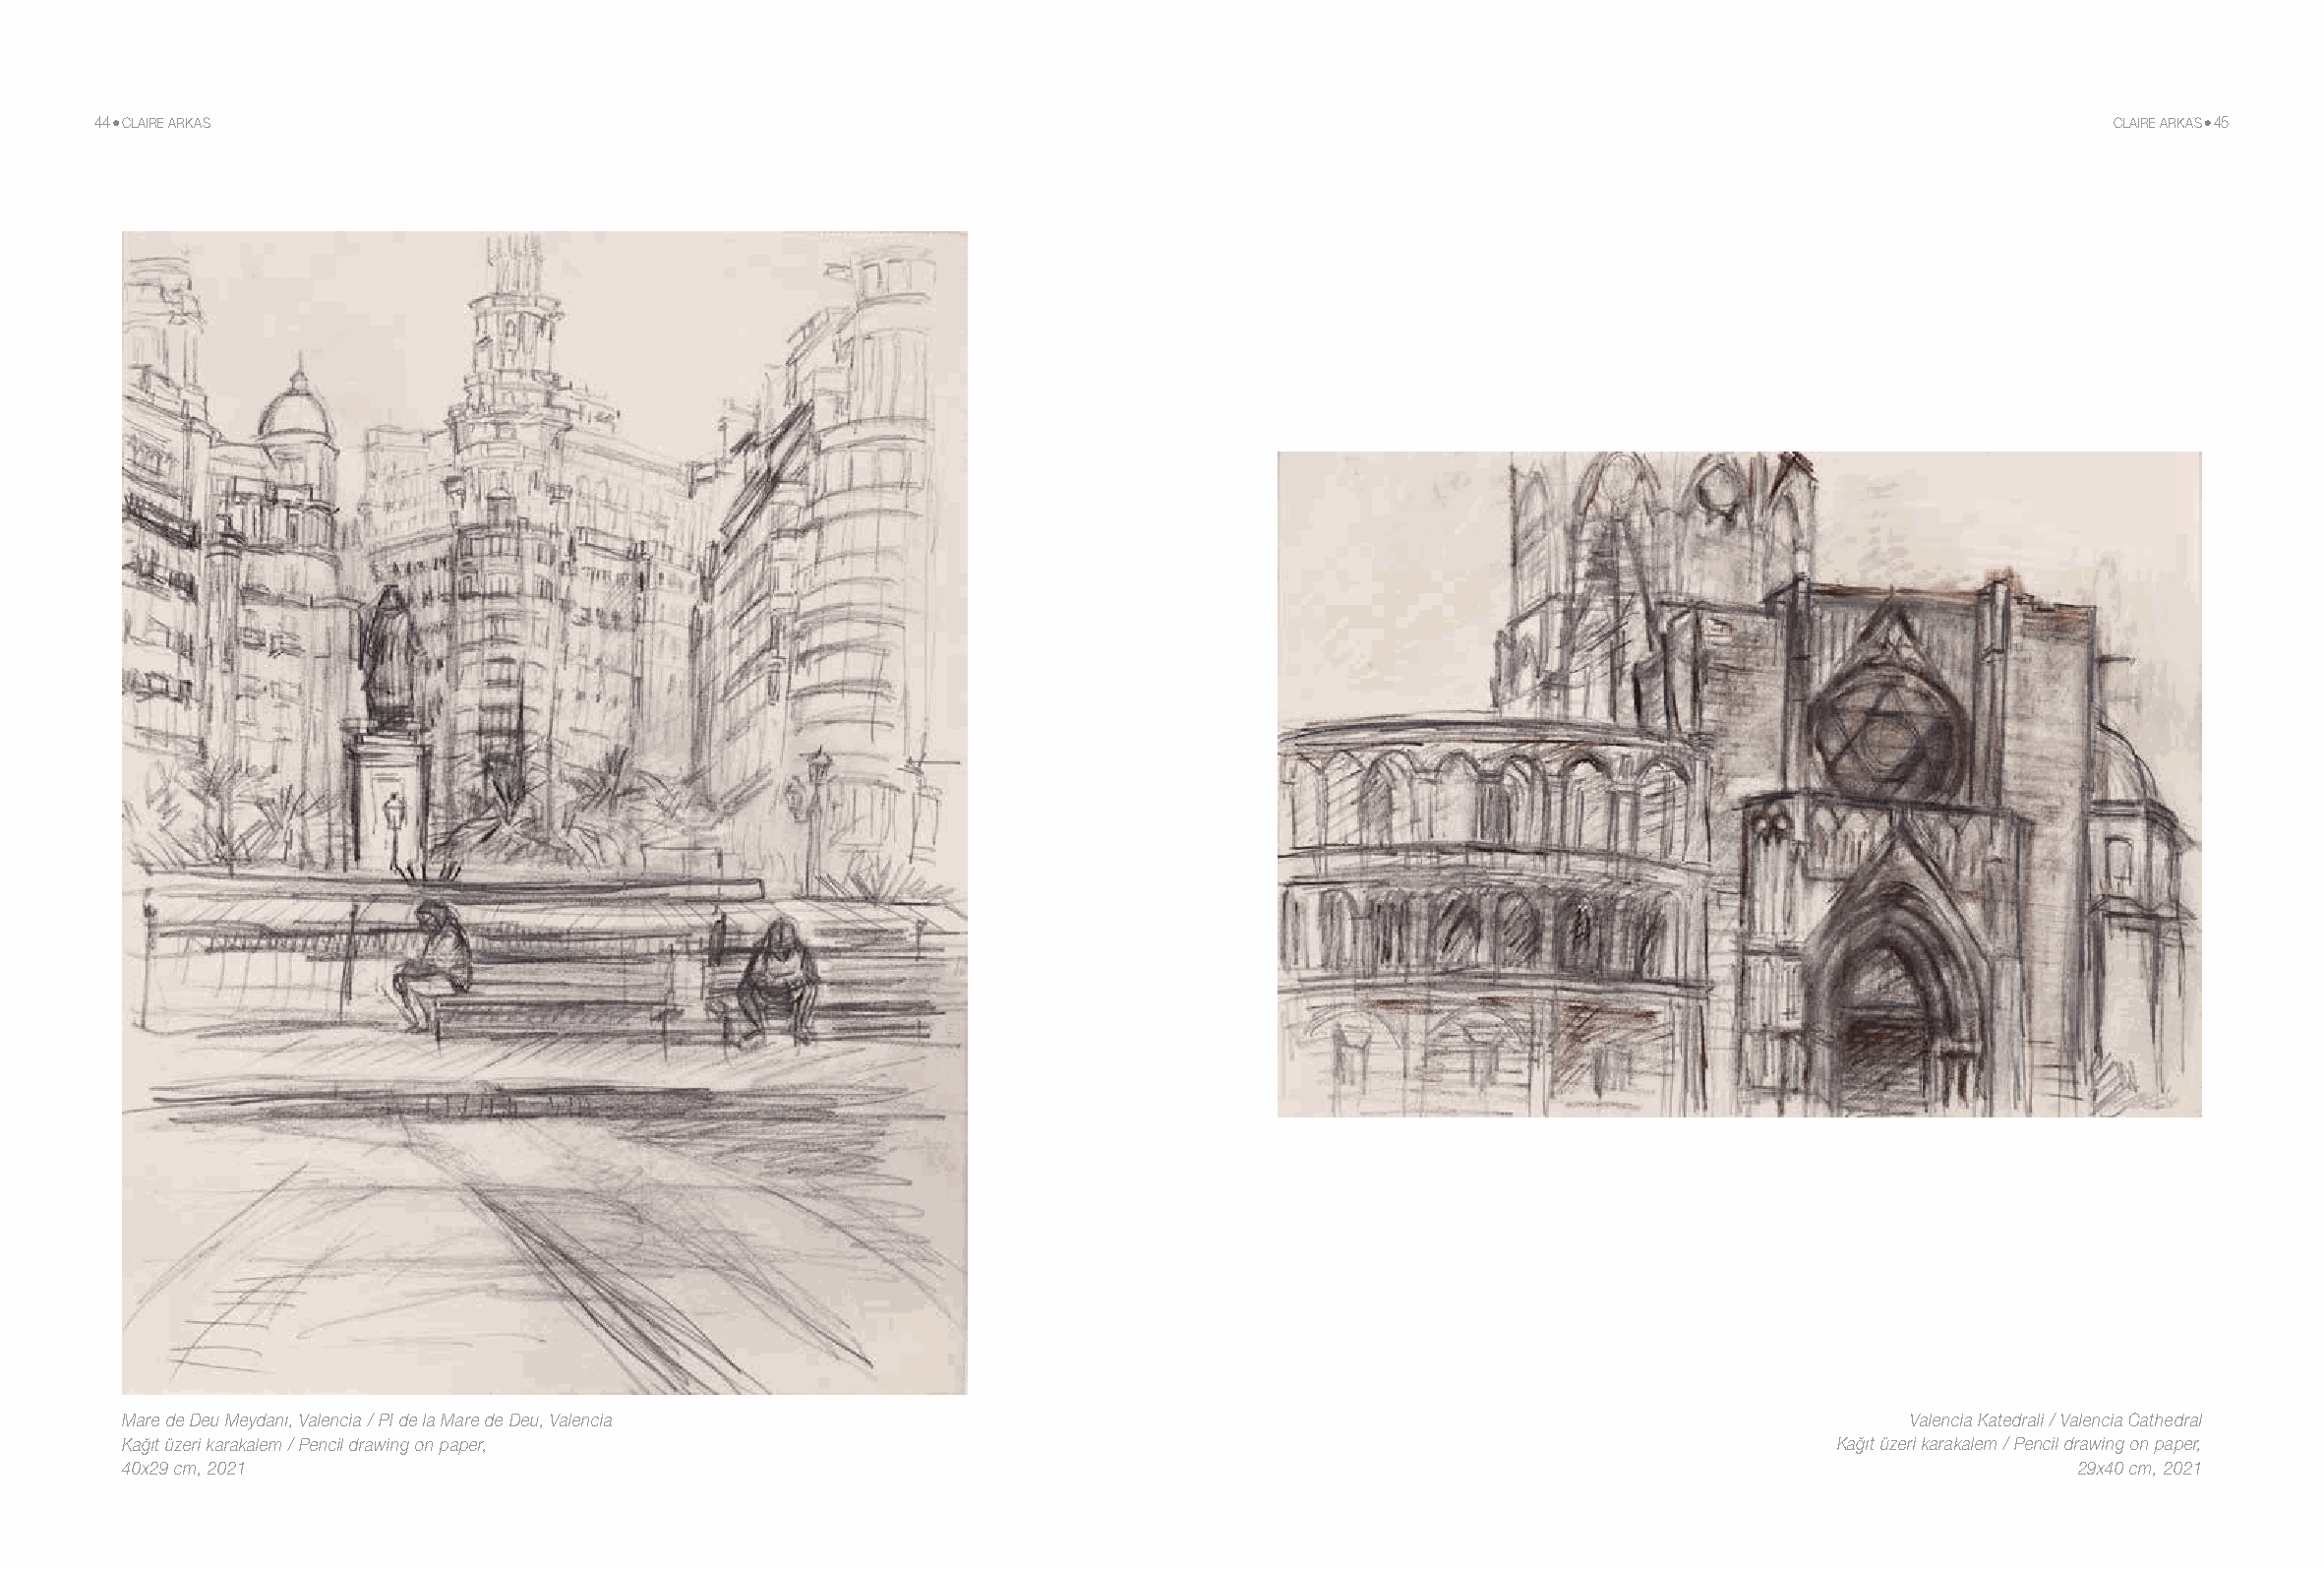
44 CLAIRE ARKAS                                                                                                                         CLAIRE ARKAS 45
 Mare de Deu Meydanı, Valencia / PI de la Mare de Deu, Valencia                                                           Valencia Katedrali / Valencia Cathedral
 Kağıt üzeri karakalem / Pencil drawing on paper,                                                                    Kağıt üzeri karakalem / Pencil drawing on paper,
 40x29 cm, 2021                                                                                                                      29x40 cm, 2021